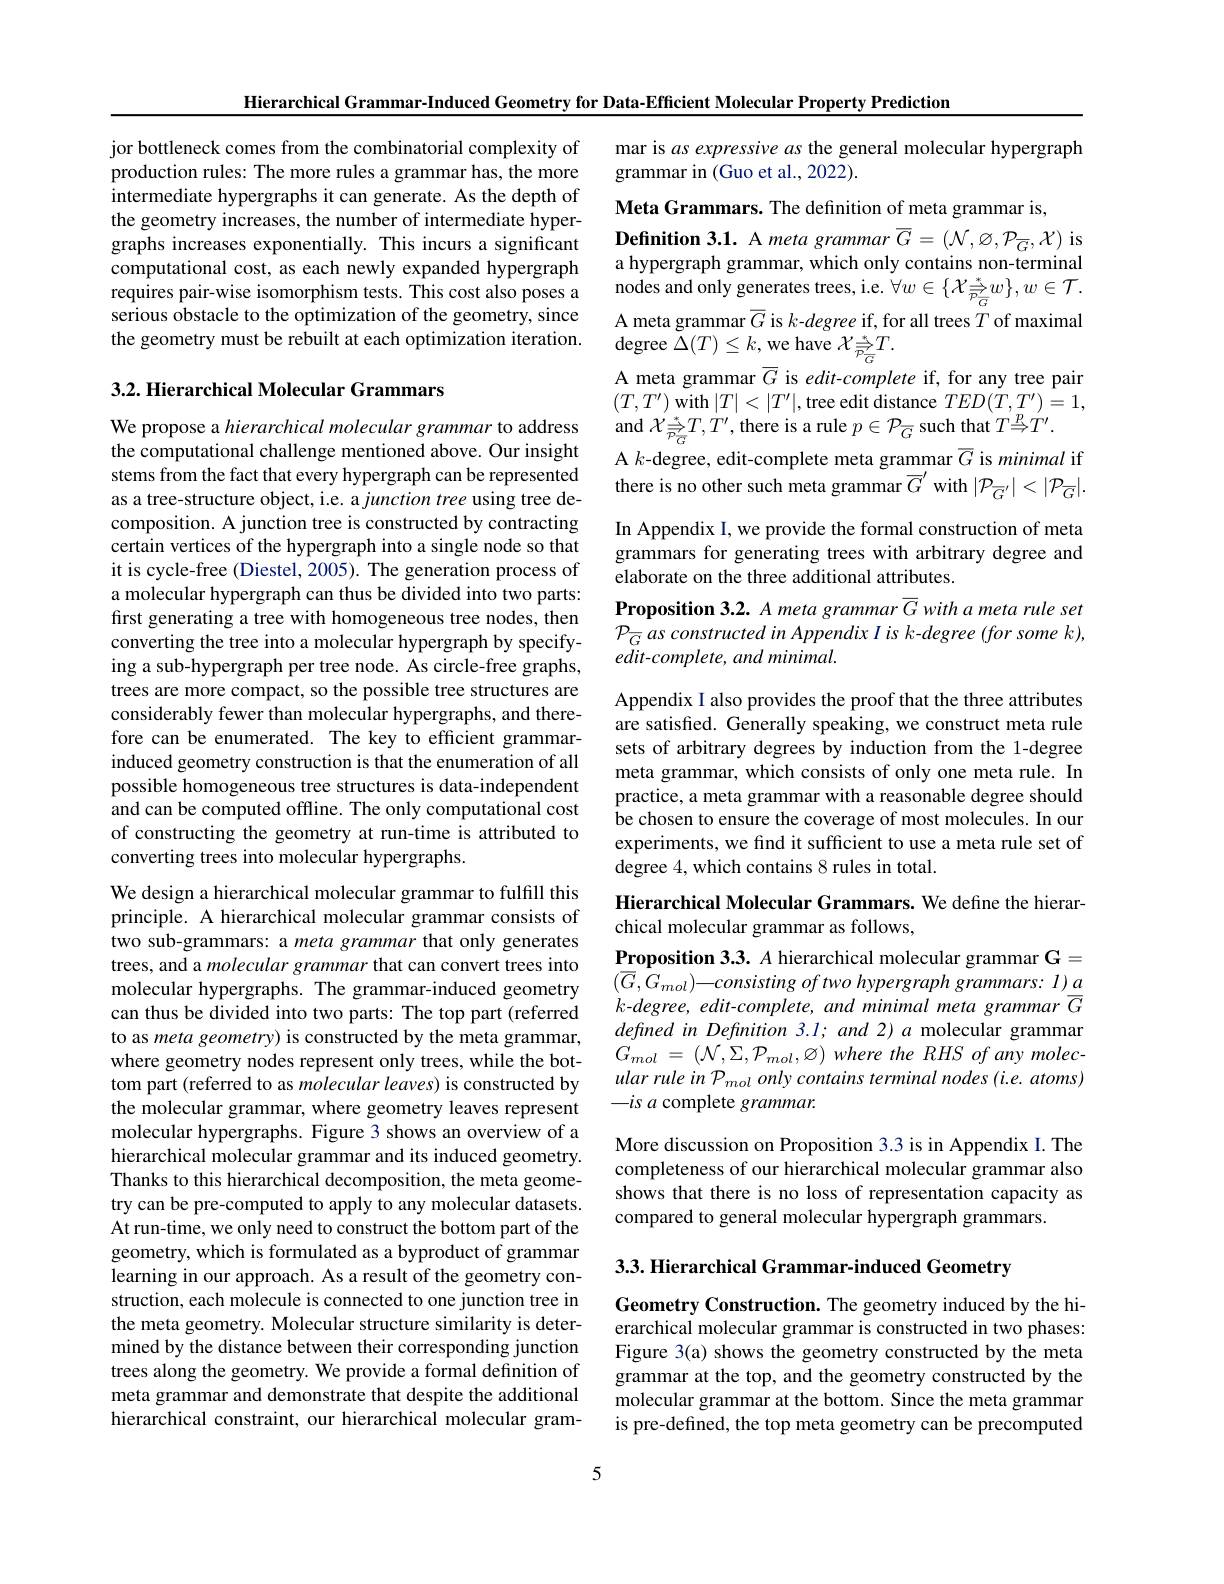
Hierarchical Grammar-Induced Geometry for Data-Efficient Molecular Property Prediction

jor bottleneck comes from the combinatorial complexity of production rules: The more rules a grammar has, the more intermediate hypergraphs it can generate. As the depth of the geometry increases, the number of intermediate hypergraphs increases exponentially. This incurs a significant computational cost, as each newly expanded hypergraph requires pair-wise isomorphism tests. This cost also poses a serious obstacle to the optimization of the geometry, since the geometry must be rebuilt at each optimization iteration.

## 3.2. Hierarchical Molecular Grammars

We propose a hierarchical molecular grammar to address the computational challenge mentioned above. Our insight stems from the fact that every hypergraph can be represented as a tree-structure object, i.e. a junction tree using tree decomposition. A junction tree is constructed by contracting certain vertices of the hypergraph into a single node so that it is cycle-free (Diestel, 2005). The generation process of a molecular hypergraph can thus be divided into two parts: first generating a tree with homogeneous tree nodes, then converting the tree into a molecular hypergraph by specifying a sub-hypergraph per tree node. As circle-free graphs, trees are more compact, so the possible tree structures are considerably fewer than molecular hypergraphs, and therefore can be enumerated. The key to efficient grammarinduced geometry construction is that the enumeration of all possible homogeneous tree structures is data-independent and can be computed offline. The only computational cost of constructing the geometry at run-time is attributed to converting trees into molecular hypergraphs.

We design a hierarchical molecular grammar to fulfill this principle. A hierarchical molecular grammar consists of two sub-grammars: a meta grammar that only generates trees, and a molecular grammar that can convert trees into molecular hypergraphs. The grammar-induced geometry can thus be divided into two parts: The top part (referred to as meta geometry) is constructed by the meta grammar, where geometry nodes represent only trees, while the bottom part (referred to as molecular leaves) is constructed by the molecular grammar, where geometry leaves represent molecular hypergraphs. Figure 3 shows an overview of a hierarchical molecular grammar and its induced geometry. Thanks to this hierarchical decomposition, the meta geometry can be pre-computed to apply to any molecular datasets. At run-time, we only need to construct the bottom part of the geometry, which is formulated as a byproduct of grammar learning in our approach. As a result of the geometry construction, each molecule is connected to one junction tree in the meta geometry. Molecular structure similarity is determined by the distance between their corresponding junction trees along the geometry. We provide a formal definition of meta grammar and demonstrate that despite the additional hierarchical constraint, our hierarchical molecular gram-

mar is $as$ expressive as the general molecular hypergraph
grammar in (Guo et al., 2022).

Meta Grammars. The definition of meta grammar is,
Definition 3.1. A meta grammar $\overline{G}=(\mathcal{N},\varnothing,\mathcal{P}_{\overline{G}},\mathcal{X})$ is a hypergraph grammar, which only contains non-terminal $\underset {- }{\operatorname* { \operatorname* { \text{nodes and only generates trees, i. e. }} } }\forall w\in \{ \mathcal{X} _{\overline {P}_{\overline {G}}}^{* }w\} , w\in \mathcal{T} .$ A meta grammar $\overline{G}$ is $k$-degree if, for all trees $T$ of maximal ${\mathrm{degree~}\tilde{\Delta}}(T)\leq k,{\mathrm{we~have~}}{\mathcal X}_{{\overline{P}_{\overline{G}}}}^{*}T.$
A meta grammar $\overline{G}$ is edit-complete if, for any tree pair $(T,T^{\prime})$ with $|T|<|T^\prime|$,tree edit distance $TED(T,T^{\prime})=1$, and $\mathcal{X}_{\Overrightarrow{PG}}^{*}T,T^{\prime}$,there is a rule $p\in\mathcal{P}_{\overline{G}}$ such that $T\overset{p}{\operatorname*{\Rightarrow}}T^{\prime}.$
A $k$-degree, edit-complete meta grammar $\overline G$ is minimal if there is no other such meta grammar $\overline{G}^{\prime}$ with $|\mathcal{P}_\overline{G}^{\prime}|<|\mathcal{P}_{\overline{G}}|.$ In Appendix I, we provide the formal construction of meta grammars for generating trees with arbitrary degree and elaborate on the three additional attributes.
Proposition 3.2. A meta grammar $\overline{G}$ with a meta rule set $\mathcal{P}_{\overline G}$ as constructed in Appendix I is k-degree (for some k), $edit-complete,andminimal.$

Appendix I also provides the proof that the three attributes are satisfied. Generally speaking, we construct meta rule sets of arbitrary degrees by induction from the 1-degree meta grammar, which consists of only one meta rule. In practice, a meta grammar with a reasonable degree should be chosen to ensure the coverage of most molecules. In our experiments, we find it sufficient to use a meta rule set of degree 4, which contains 8 rules in total.

## Hierarchical Molecular Grammars. We define the hierarchical molecular grammar as follows,

Proposition 3.3. A hierarchical molecular grammar G= $( \bar{G} , \dot{G} _{mol}) {- }consisting$ $of$ two hypergraph $grammars:$ $l)$ $a$ $k$-degree, edit-complete, and minimal meta grammar'$\overline{G}$ defined in Definition 3.l; and 2) a molecular grammar $G_{mol}$ = $( \mathcal{N} , \Sigma , \mathcal{P} _{mol}, \varnothing )$ where the $RHS$ $of$ any $molec-$ ular rule in P mol only contains terminal nodes (i.e. atoms) $-isa$ complete grammar.

More discussion on Proposition 3.3 is in Appendix I. The completeness of our hierarchical molecular grammar also shows that there is no loss of representation capacity as compared to general molecular hypergraph grammars.

3.3. Hierarchical Grammar-induced Geometry

Geometry Construction. The geometry induced by the hierarchical molecular grammar is constructed in two phases: Figure 3(a) shows the geometry constructed by the meta grammar at the top, and the geometry constructed by the molecular grammar at the bottom. Since the meta grammar is pre-defined, the top meta geometry can be precomputed

5